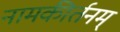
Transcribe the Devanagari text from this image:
नामकीर्तनम्